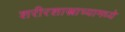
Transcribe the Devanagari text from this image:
शरीरशास्त्राच्यामध्ये